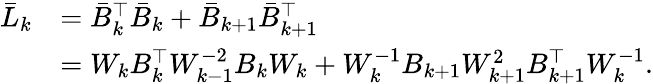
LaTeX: \begin{array}{rl}{\bar{L}_{k}}&{=\bar{B}_{k}^{\top}\bar{B}_{k}+\bar{B}_{k+1}\bar{B}_{k+1}^{\top}}\\ &{=W_{k}B_{k}^{\top}W_{k-1}^{-2}B_{k}W_{k}+W_{k}^{-1}B_{k+1}W_{k+1}^{2}B_{k+1}^{\top}W_{k}^{-1}.}\end{array}